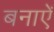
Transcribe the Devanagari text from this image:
बनाऐं